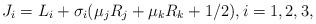
LaTeX: \begin{align*} J_i&=L_i+\sigma_i(\mu_j R_j+\mu_k R_k+1/2),i=1,2,3,\end{align*}